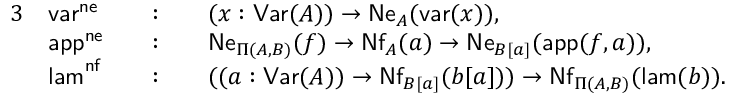
\begin{array} { r l r l r l } { { 3 } } & { \mathsf { v a r } ^ { \mathsf { n e } } } & & { : } & & { ( x : \mathsf { V a r } ( A ) ) \to \mathsf { N e } _ { A } ( \mathsf { v a r } ( x ) ) , } \\ & { \mathsf { a p p } ^ { \mathsf { n e } } } & & { : } & & { \mathsf { N e } _ { \Pi ( A , B ) } ( f ) \to \mathsf { N f } _ { A } ( a ) \to \mathsf { N e } _ { B [ a ] } ( \mathsf { a p p } ( f , a ) ) , } \\ & { \mathsf { l a m } ^ { \mathsf { n f } } } & & { : } & & { ( ( a : \mathsf { V a r } ( A ) ) \to \mathsf { N f } _ { B [ a ] } ( b [ a ] ) ) \to \mathsf { N f } _ { \Pi ( A , B ) } ( \mathsf { l a m } ( b ) ) . } \end{array}